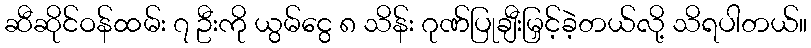
ဆီဆိုင်ဝန်ထမ်း ၇ ဦးကို ယွမ်ငွေ ၈ သိန်း ဂုဏ်ပြုချီးမြှင့်ခဲ့တယ်လို့ သိရပါတယ်။